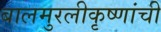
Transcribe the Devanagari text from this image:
बालमुरलीकृष्णांची